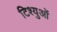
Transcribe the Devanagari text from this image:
टिश्युओं